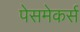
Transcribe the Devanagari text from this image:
पेसमेकर्स